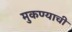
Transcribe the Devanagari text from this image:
मुकण्याची